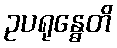
ဥပရုန္ဓေတိ